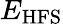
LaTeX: E_{\mathrm{HFS}}